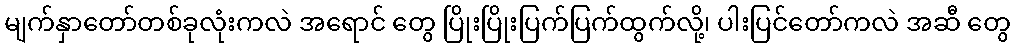
မျက်နှာတော်တစ်ခုလုံးကလဲ အရောင် တွေ ပြိုးပြိုးပြက်ပြက်ထွက်လို့၊ ပါးပြင်တော်ကလဲ အဆီ တွေ